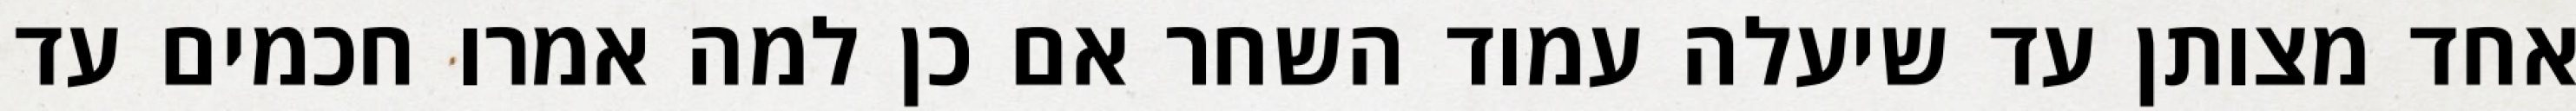
אחד מצותן עד שיעלה עמוד השחר אם כן למה אמרו חכמים עד